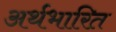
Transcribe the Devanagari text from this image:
अर्थभारित